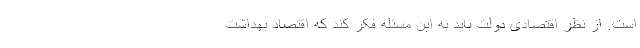
است. از نظر اقتصادی دولت باید به این مسئله فکر کند که اقتصاد بهداشت